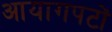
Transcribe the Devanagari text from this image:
आयागपटों